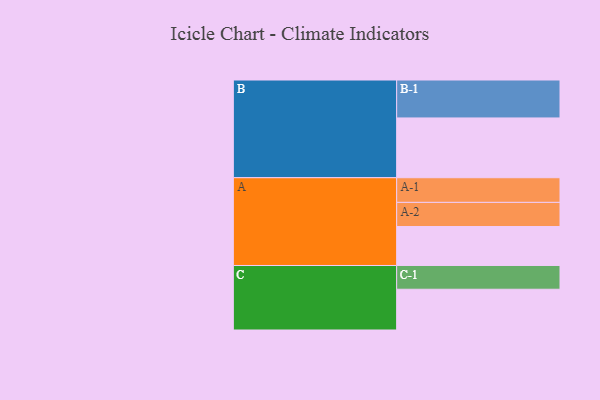
{"axis": {"x": "Segment", "y": "Value"}, "legend": ["", "A", "B", "C"], "data": [{"x": "A", "y": 305, "type": ""}, {"x": "B", "y": 468, "type": ""}, {"x": "C", "y": 319, "type": ""}, {"x": "A-1", "y": 193, "type": "A"}, {"x": "A-2", "y": 189, "type": "A"}, {"x": "B-1", "y": 297, "type": "B"}, {"x": "C-1", "y": 186, "type": "C"}]}